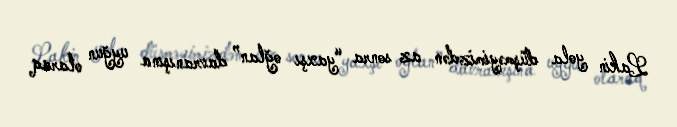
Lakin yola düşməyimizdən az sonra “yaxşı oğlan” davranışına uyğun olaraq